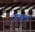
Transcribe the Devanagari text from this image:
इक्डं